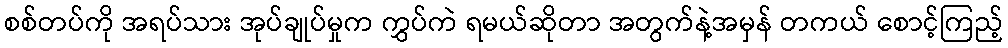
စစ်တပ်ကို အရပ်သား အုပ်ချုပ်မှုက ကွှပ်ကဲ ရမယ်ဆိုတာ အတွက်နဲ့အမှန် တကယ် စောင့်ကြည့်